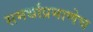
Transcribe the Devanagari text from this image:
समर्थांप्रमाणेच